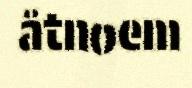
åtnoem